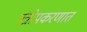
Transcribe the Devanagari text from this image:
यंत्रोपकरणात